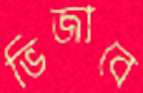
ভিজাবে